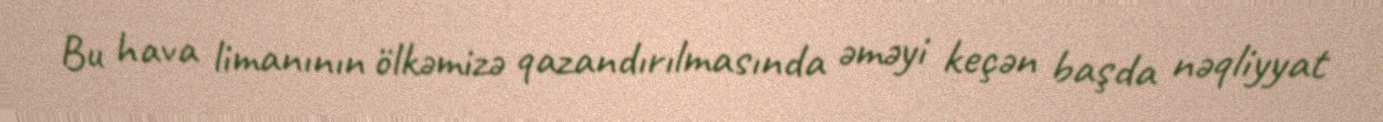
Bu hava limanının ölkəmizə qazandırılmasında əməyi keçən başda nəqliyyat